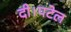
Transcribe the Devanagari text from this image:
दी।पटेल